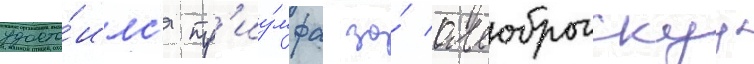
удосто́илс'я тр'иу́мфа за́ аллоброгскуу